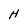
Character: H